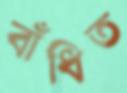
বাঁধিত